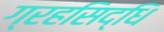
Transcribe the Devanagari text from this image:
ग्रहसिद्धि